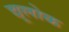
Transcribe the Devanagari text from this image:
द्यूलोक